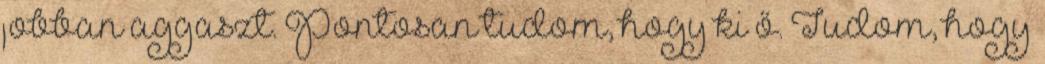
jobban aggaszt. Pontosan tudom, hogy ki ő. Tudom, hogy